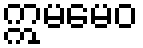
ဣမမေဝ